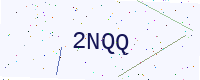
Text: 2NQQ